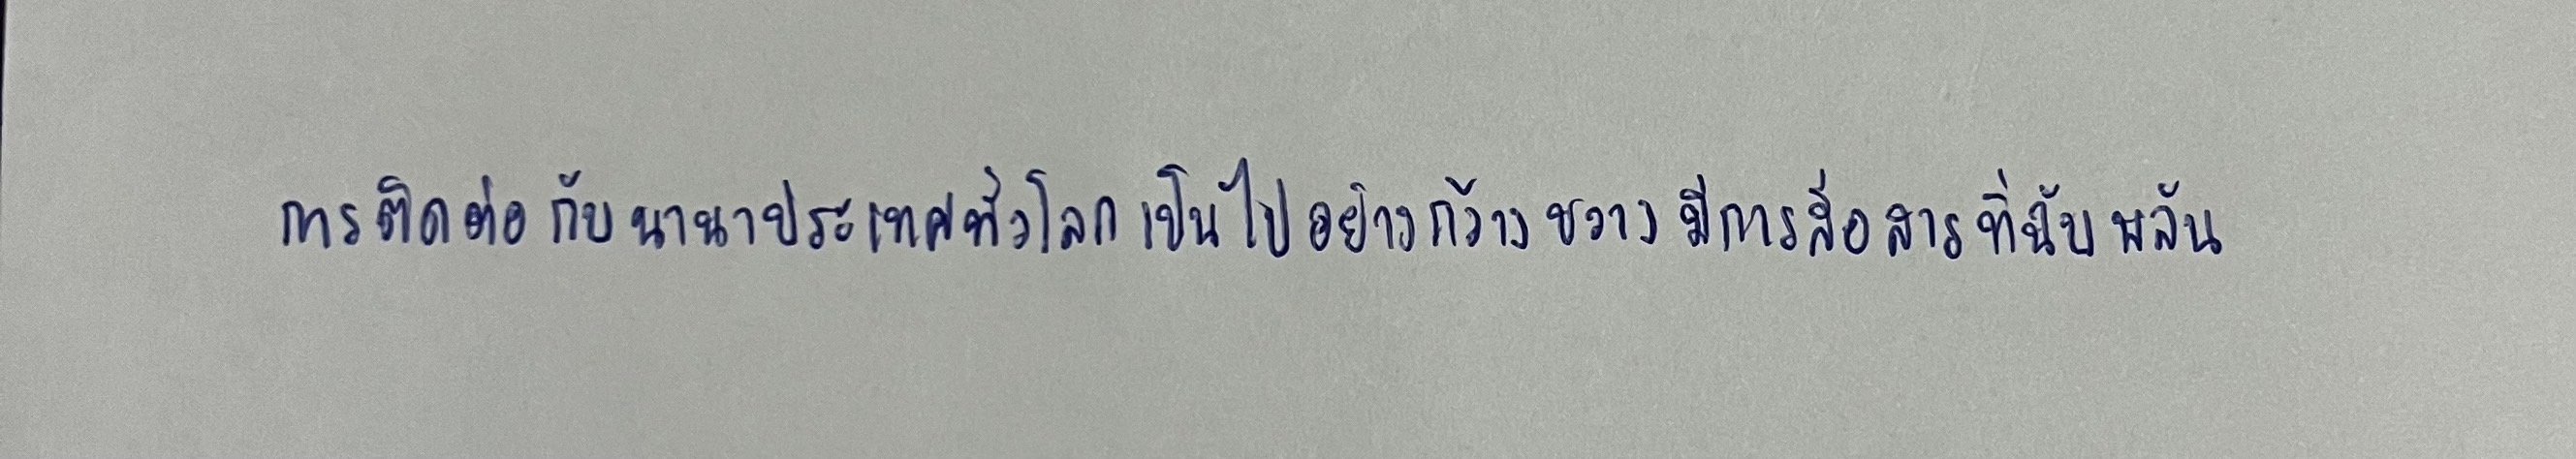
การติดต่อกับนานาประเทศทั่วโลกเป็นไปอย่างกว้างขวางมีการสื่อสารที่ฉับพลัน